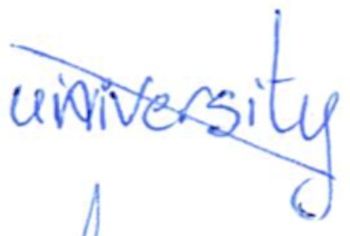
Text: university
Cross-out: diagonal
Writing tool: ballpoint